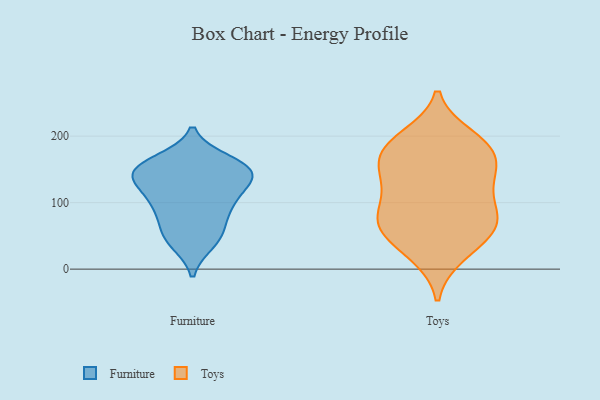
{"axis": {"x": "Page Views", "y": "Value"}, "legend": ["Furniture", "Toys"], "data": [{"x": "", "y": 104, "type": "Furniture"}, {"x": "", "y": 96, "type": "Furniture"}, {"x": "", "y": 45, "type": "Furniture"}, {"x": "", "y": 162, "type": "Furniture"}, {"x": "", "y": 71, "type": "Furniture"}, {"x": "", "y": 149, "type": "Furniture"}, {"x": "", "y": 131, "type": "Furniture"}, {"x": "", "y": 93, "type": "Furniture"}, {"x": "", "y": 40, "type": "Furniture"}, {"x": "", "y": 154, "type": "Furniture"}, {"x": "", "y": 114, "type": "Furniture"}, {"x": "", "y": 52, "type": "Furniture"}, {"x": "", "y": 146, "type": "Furniture"}, {"x": "", "y": 144, "type": "Furniture"}, {"x": "", "y": 151, "type": "Furniture"}, {"x": "", "y": 144, "type": "Furniture"}, {"x": "", "y": 189, "type": "Toys"}, {"x": "", "y": 132, "type": "Toys"}, {"x": "", "y": 163, "type": "Toys"}, {"x": "", "y": 62, "type": "Toys"}, {"x": "", "y": 100, "type": "Toys"}, {"x": "", "y": 21, "type": "Toys"}, {"x": "", "y": 73, "type": "Toys"}, {"x": "", "y": 190, "type": "Toys"}, {"x": "", "y": 65, "type": "Toys"}, {"x": "", "y": 154, "type": "Toys"}, {"x": "", "y": 199, "type": "Toys"}, {"x": "", "y": 57, "type": "Toys"}, {"x": "", "y": 166, "type": "Toys"}, {"x": "", "y": 182, "type": "Toys"}, {"x": "", "y": 132, "type": "Toys"}, {"x": "", "y": 26, "type": "Toys"}, {"x": "", "y": 77, "type": "Toys"}, {"x": "", "y": 122, "type": "Toys"}, {"x": "", "y": 73, "type": "Toys"}]}